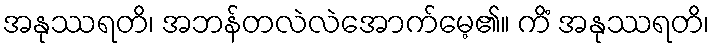
အနုဿရတိ၊ အဘန်တလဲလဲအောက်မေ့၏။ ကိံ အနုဿရတိ၊